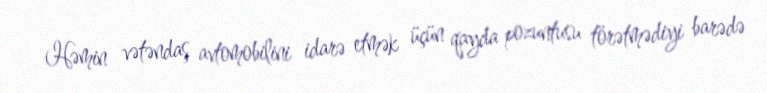
Həmin vətəndaş avtomobilini idarə etmək üçün qayda pozuntusu törətmədiyi barədə